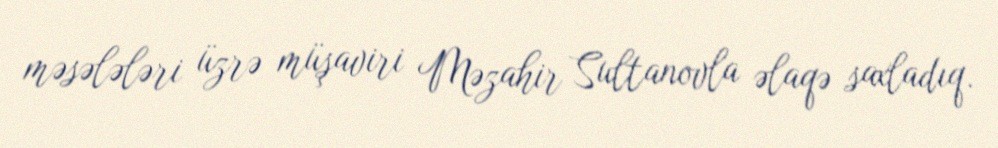
məsələləri üzrə müşaviri Məzahir Sultanovla əlaqə saxladıq.